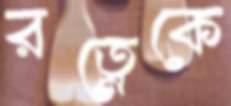
রত্নেকে